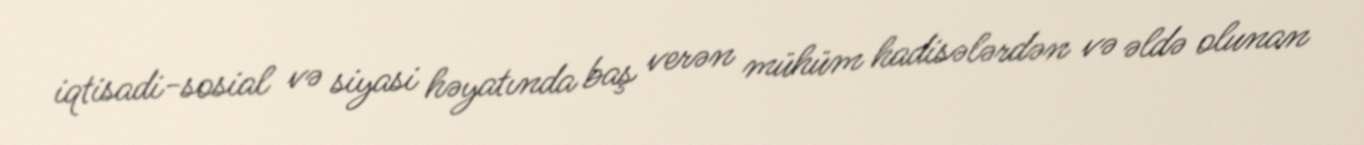
iqtisadi-sosial və siyasi həyatında baş verən mühüm hadisələrdən və əldə olunan